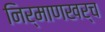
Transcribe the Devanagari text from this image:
निर्माणखर्च